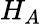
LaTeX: H_{A}